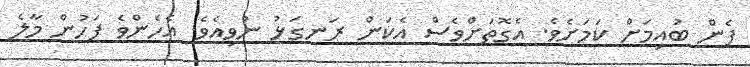
ފެން ބުއިމަށް ކަމަށެވެ. އެގޮތަށްވެސް އެކަން ރަނގަޅު ނުވިއެވެ. އެހެންވެ ފަހުން މާލެ